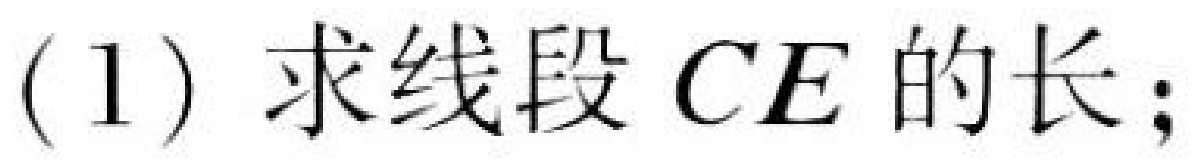
(1) 求线段 \(CE\) 的长；